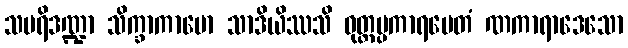
သပရိဒဏ္ဍာ သိက္ခာကာမော သာဒိယိဿသိ ဝုတ္တပ္ပကာရမေတံ ဏကာရာဒေသော